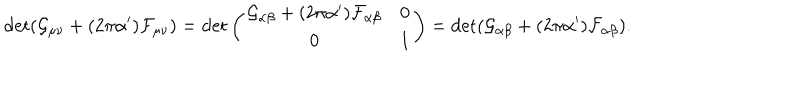
\det ( \mathcal { G } _ { \mu \nu } + ( 2 \pi \alpha ^ { \prime } ) \mathcal { F } _ { \mu \nu } ) = \det \left( \begin{array} { c c } { { \mathcal { G } _ { \alpha \beta } + ( 2 \pi \alpha ^ { \prime } ) \mathcal { F } _ { \alpha \beta } } } & { { 0 } } \\ { { 0 } } & { { 1 } } \\ \end{array} \right) = \det ( \mathcal { G } _ { \alpha \beta } + ( 2 \pi \alpha ^ { \prime } ) \mathcal { F } _ { \alpha \beta } ) .